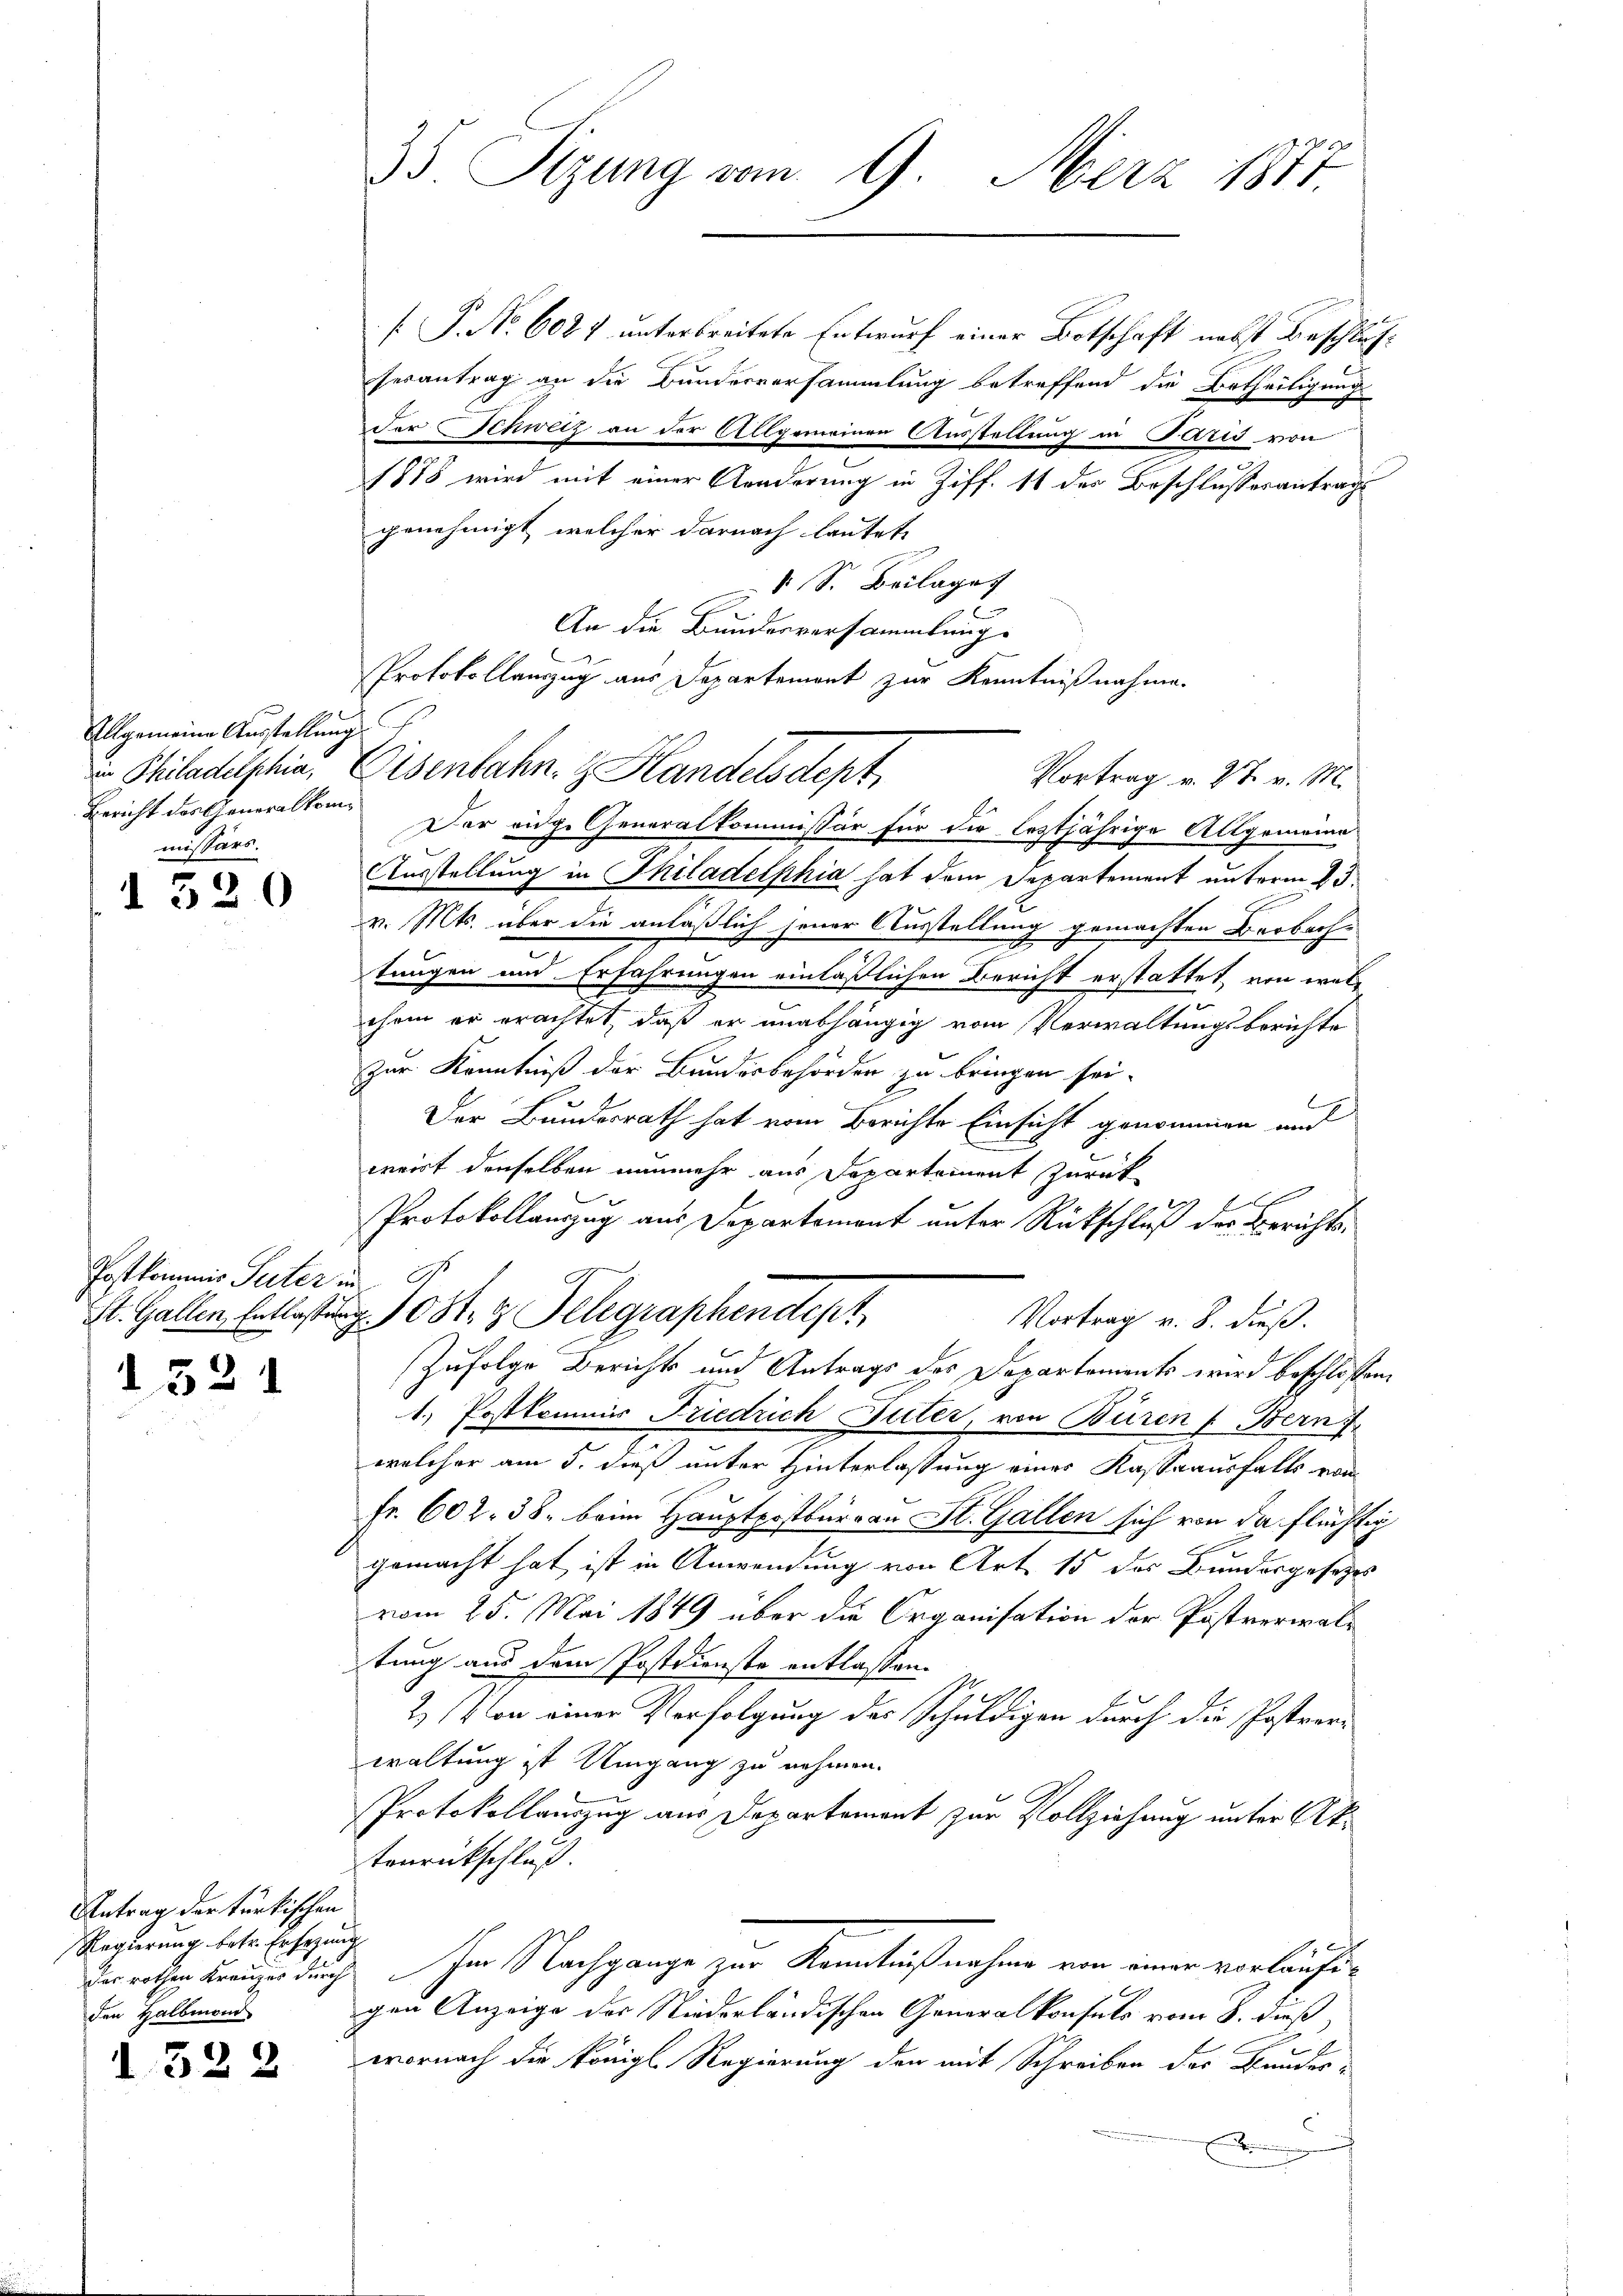
Allgemeine Ausstellung
Bericht des Generalkommissärs.

1320

Postkommis Peter in
St. Gallen, Entlasse

d.521

Antrag der türkischen
Regierung betr. Ersezung
den Halbmann

1322

35. Sizung vom 9. März 1877.

P. No. 6027 unterbreitete Entwurf einer Botschaft nebst Beschlus
serantrag an die Bunderversammlung betreffend die Urtheiligung
der Schweiz an der Allgemeinen Ausstellung in Paris von
1878 wird mit einer Aenderung in Ziff. 11 des Beschlussesantrag
genehmigt, welcher darnach lautete
V S. Beilage
c
An die Bundesversammlung-
Protokollamzug aus Departement zur Kenntnißnahme.
in Philadelphia, Eisenbahn z. Handelsdept,
Der eidge Generalkommissär für die leztjährige Allgemeine
Ausstellung in Philadelphia hat dem Departement unterm 23.
v. Mts. über die anläßlich jener Ausstellung gemachten Beobachtungen und Erfahrungen einläßlichen Bericht erstattet, von welchem er erachtet, daß er unabhängig vom Verwaltungsberichte
zur Kenntniß der Bundesbehörden zu bringen sei.
h
Der Bundesrath hat vom Berichte Einsicht genommen und
weirt denselben nunmehr aus Departement zurück
.
Protokollauszug aus Departement unter Rückschluß der Berichts¬
0st 2 Telegraphendept,
Vortrag v. 8. dieß.
Zufolge Berichts und Antrags des Departements wird beschlossen
1.) Postkommis Friedrich Suter, von Buren (Bern f

welcher am 5. dieß unter Hinterlassung eines Kassaausfalls von
Fr. 602. 38. beim Hauptpostbar von St. Gallen sich von da flüchte
gemacht hat, ist in Anwendung von Art. 15 der Bundesgesezes
vom 25. Mai 1849 über die Organisation der Postverwaltung aus dem Postdienste entlassen.
2) Von einer Verfolgung des Schuldigen durch die Postverwaltung ist Umgang zu nehmen.
Protokollauszug aus Departement zur Vollziehung unter Aktenrückschluß.
vorrathen Kreuzes durch ihm Nachgange zur Kenntnißnahme von einer vorläufigen Anzeige des Niederländischen Generalkonsuls vom 8. dieß,
wornach die Königl. Regierung den mit Schreiben des Bundes-
r

Vortrag v. 27. v. M.